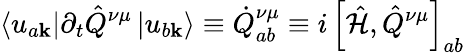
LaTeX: \left\langle u_{a\mathbf{k}}\right|\partial_{t}\hat{Q}^{\nu\mu}\left|u_{b\mathbf{k}}\right\rangle\equiv\dot{Q}_{ab}^{\nu\mu}\equiv i\left[\hat{\mathcal{H}}\right.,\left.\hat{Q}^{\nu\mu}\right]_{ab}